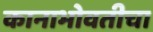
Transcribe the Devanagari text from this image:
कानाभोवतीचा